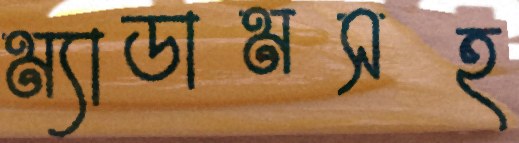
ম্যাডামসহ